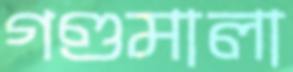
গণ্ডমালা